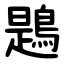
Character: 鶗